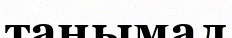
таңымал